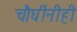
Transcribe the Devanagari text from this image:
चौघींनीही